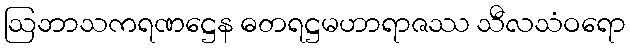
ဩဘာသကရဏဋ္ဌေန ဓတရဋ္ဌမဟာရာဇဿ သီလသံဝရော